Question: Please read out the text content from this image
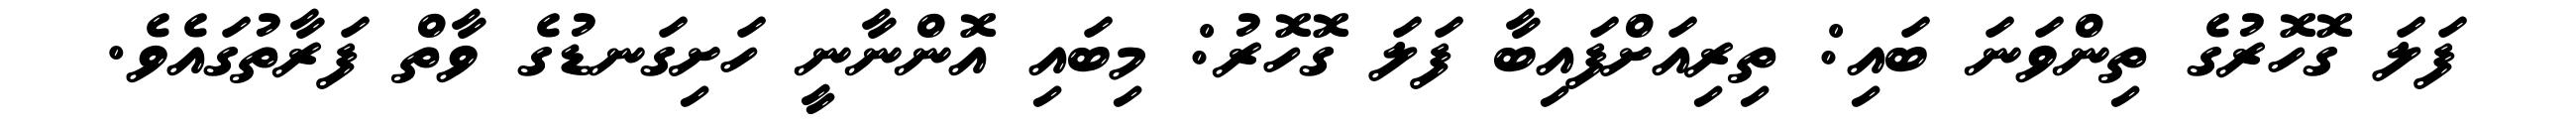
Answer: ފަލަ ގޮހޮރުގެ ތިންވަނަ ބައި: ތިރިއަށްފައިބާ ފަލަ ގޮހޮރު: މިބައި އޮންނާނީ ހަށިގަނޑުގެ ވާތް ފަރާތުގައެވެ.